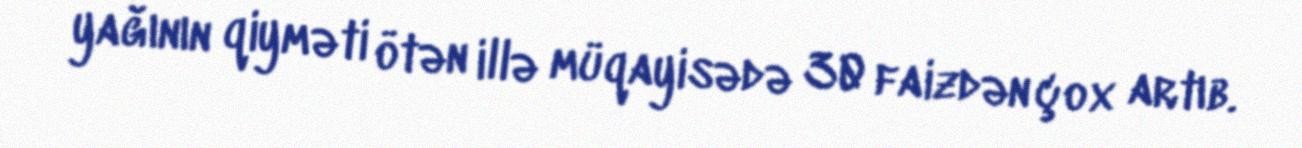
yağının qiyməti ötən illə müqayisədə 30 faizdən çox artıb.